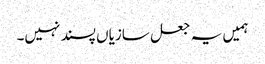
ہمیں یہ جعل سازیاں پسند نہیں۔